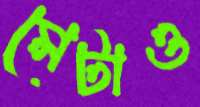
মেটাও